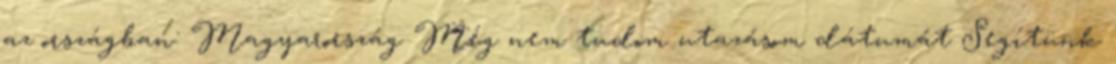
az országban: Magyarország Még nem tudom utazásom dátumát Segítünk